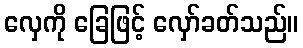
လှေကို ခြေဖြင့် လှော်ခတ်သည်။